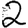
Digit: 2